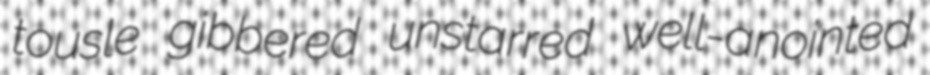
tousle gibbered unstarred well-anointed